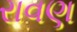
રાવણ